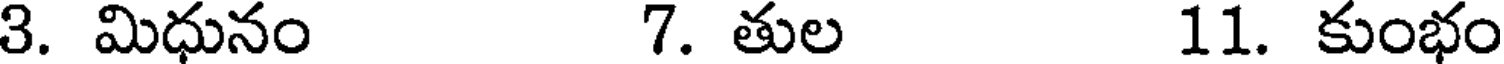
3. మిధునం 7. తుల 11. కుంభం